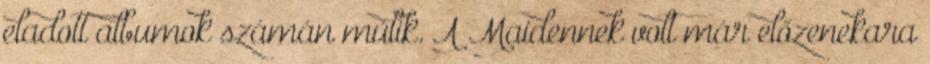
eladott albumok számán múlik. A Maidennek volt már előzenekara